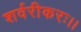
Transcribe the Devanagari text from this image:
शर्वरीकरः।।